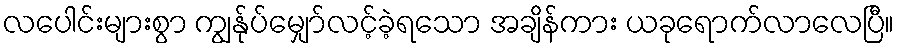
လပေါင်းများစွာ ကျွန်ုပ်မျှော်လင့်ခဲ့ရသော အချိန်ကား ယခုရောက်လာလေပြီ။